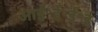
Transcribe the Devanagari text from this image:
आई॰ई॰ई॰ई